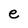
Character: e